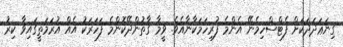
ގިނަޢަދަދަކަށް ފެޓްސްހިމެނޭ އެންމެ ފުރިހަމަކާނާއެވެ. ވީމާ ގާތުންދޭކޮންމެ ފަހަރަކު އެއް އުރަމަތީގައިވާ ކިރު